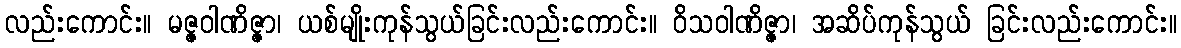
လည်းကောင်း။ မဇ္ဇဝါဏိဇ္ဇာ၊ ယစ်မျိုးကုန်သွယ်ခြင်းလည်းကောင်း။ ဝိသဝါဏိဇ္ဇာ၊ အဆိပ်ကုန်သွယ် ခြင်းလည်းကောင်း။